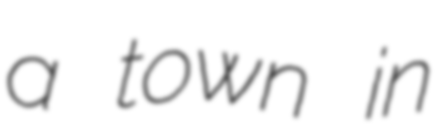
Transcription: a town in